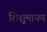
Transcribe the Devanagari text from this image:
शिशुमायण